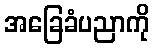
အခြေခံပညာကို